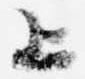
上